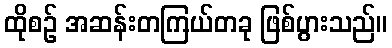
ထိုစဉ် အဆန်းတကြယ်တခု ဖြစ်ပွားသည်။